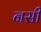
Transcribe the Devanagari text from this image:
नसी